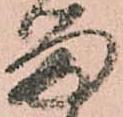
留